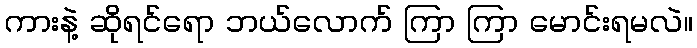
ကားနဲ့ ဆိုရင်ရော ဘယ်လောက် ကြာ ကြာ မောင်းရမလဲ။